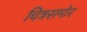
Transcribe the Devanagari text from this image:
चित्रसमोर